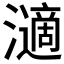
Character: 𤁷